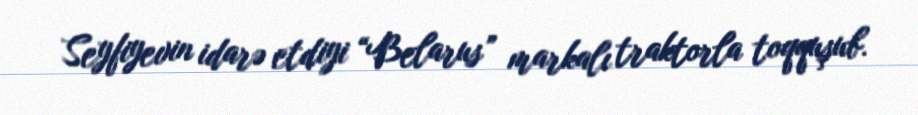
Seyfiyevin idarə etdiyi “Belarus” markalı traktorla toqquşub.